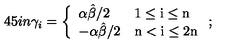
\hspace { - . 4 5 i n } \gamma _ { i } = \left\{ \begin{array} { l l } { { \alpha \hat { \beta } / 2 } } & { \mathrm { 1 \leq i \leq n } } \\ { { - \alpha \hat { \beta } / 2 } } & { \mathrm { n < i \leq 2 n } } \\ \end{array} \right. ;